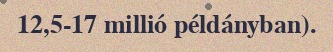
12,5-17 millió példányban).